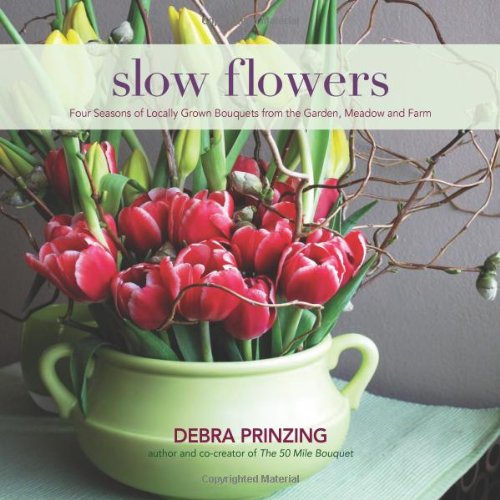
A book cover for Slow Flowers: Four Seasons of Locally Grown Bouquets from the Garden, Meadow and Farm; Debra Prinzing; Crafts, Hobbies & Home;